Vital statistics of India. Vol. VI, European troops 1870-79
Year: 1870
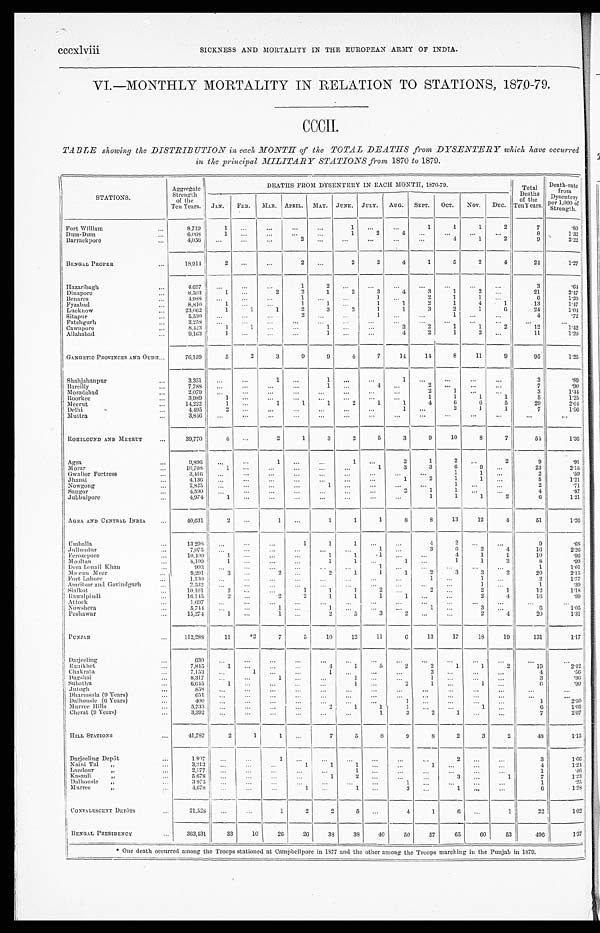
cccxlviii
SICKNESS AND MORTALITY IN THE EUROPEAN ARMY OF INDIA.
VI.—MONTHLY MORTALITY IN RELATION TO STATIONS, 1870-79.
CCCII.
TABLE showing the DISTRIBUTION in each MONTH of the TOTAL DEATHS from DYSENTERY which have occurred
in the principal MILITARY STATIONS from 1870 to 1879.
STATIONS.
Aggregate
Strength of the
Ten Years.
DEATHS FROM DYSENTERY IN EACH MONTH, 1870-79. Total
Deaths of the
Ten Years.
Death-rate
from
Dysentery
per 1,000 of
Strength.
JAN. FEB. MAR. APRIL. MAY. JUNE. JULY. AUG. SEPT. OCT. NOV. DEC.
Fort William
...
8,719
1
. . . ...
...
...
1 ...
...
1
1
1
2
7
.80
Dum-Dum
...
6,068
1 ...
...
...
...
1
2
4
. . . ...
...
. . .
8
1.32
Barrackpore
. . .
4,056 ...
...
. . . 2
... ...
...
...
...
4
1
2
9
2 . 2 2
BENGAL PROPER
...
18,914
2
. . . ...
2 ...
2
2
4
1
5
2
4
24
1. 27
Hazaribagh
...
4,697 ...
...
. . .
1
2
. . . ...
...
. . .
...
...
. . .
3
. 6 4
Dinapore
...
8,503
1
. . .
2
2
1
2
3
4
3
1 2
. . . 21
2 . 4 7
Benares
...
4,988 ...
...
...
1
. . . ...
1
. . . 2
1 1
. . .
6
1.20
Fyzabad
...
8,810
1
. . .
. . .
1
1 . . .
1
1
2
1
4
1
13
1. 47
Lucknow
...
23,062
1
1
1
2
3 2
1
1
3
2
1
6
24
1. 04
Sitapur
. . . 5,530 ...
. . .
. . . 2
. . .
. . . 1
. . . . . .
1
. . . ...
4
.72
Fatehgurh
...
2,258 ...
. . .
. . .
. . .
. . .
. . .
. . .
. . . ...
. . .
. . . . . .
. . .
. . .
Cawnpore
...
8,423
1
1 ... ...
1
. . . ...
3
2
1
1
2
12
1. 42
Allahabad
. . . 9,163
1 ... ...
...
1
. . . . . .
4
2
1
2 ...
11
1.20
GANGETIC PROVINCES AND OUDH . . . 76,159
5
2
3
9
9
4
7
14
14
8
11
9
95
1.25
Shahjahanpur
...
3,351 ...
...
1
. . . 1 ...
...
1 ...
...
...
...
3
.89
B a r e i l l y
...
7,788 ...
. . .
. . . ...
1
. . .
4 . . . 2 ...
...
. . .
7
.90
Mor adabad
...
2,079 ...
. . .
. . . ...
. . .
...
...
...
2
1
. . . ...
3
1.44
R o o r k e
e
. . . 3,989
1 . . . ...
...
...
. . . ...
. . . 1
1
1
1
5
1.25
Meerut
. . .
14,222
1
. . .
1
1
1
2
1
1 4
6
6
5
29
2.04
Delhi
. . .
4,495
2 . . . ...
. . . ...
...
...
1 ...
2
1
1
7
1. 56
M u t t r a
...
3,846 ...
. . . ...
. . . ...
...
...
... ...
. . .
. . . ...
. . .
. . .
ROHILCUND AND MEERUT
...
39,770
4 . . .
2
1
3
2
5
3
9
10
8
7
5 4
1. 36
Agra
. . . 9,896 ...
. . .
1 ...
...
1
. . . 2
1 2
. . . 2
9
.91
Morar
. . . 10,708
1
. . . ... ...
... ...
1
3
3
6
9
...
23
2. 15
Gwalior Fortress
...
3,416 ...
...
...
...
...
. . . ...
. . .
. . . 1
1 ...
2
. 5 9
J hansi
...
4,136 ...
...
... ...
. . .
. . . ...
1
2 1
1 ...
5
1. 21
Nowgong
...
2,825 ...
...
. . . ...
1 ...
. . . ...
...
1
. . . ...
2
.71
Saugor
. . .
4,590
. . . ...
. . .
. . .
. . .
. . .
. . . 2
1
1
. . . ...
4
.87
Jubbulpore
. . .
4,974
1 ... ... ...
...
. . . ...
. . . 1
1
1
2
6
1. 21
AGRA AND CENTRAL INDIA ...
40,631
2
. . .
1 ...
1
1
1
8
8
13
12
4
51
1. 26
Umb a l l a
...
13,2 9 8 ...
. . . ...
1
1
1
. . .
. . .
4 2 ...
...
9
. 68
Jullundur
. . .
7,075
. . . ...
...
...
. . .
. . . 1 ...
3
6
2
4
16
2. 26
Ferozepore
...
10,400
1
. . . ...
...
1
1
1
. . . ...
4
1
1
10
.96
Mooltan
...
8,109
1
. . . ... ...
1
1
. . . 1 ...
1
1
2
8
.99
Dera Ismail Khan
...
993
. . . ...
... ...
. . . ...
1 ... ...
. . .
...
. . .
1
1. 01
Meean Meer
. . .
9,291
3 ...
2 ...
2
1
1
1
2
3
3
2
20
2. 15
Fort Lahore
...
1 , 1 3 0 ...
. . .
. . .
. . .
. . . . . .
. . .
. . . 1
. . . 1
. . .
2
1. 77
Amrit sar and Govindgarh
...
2,532
. . . . . .
...
...
...
. . . ...
...
...
. . .
1
. . .
1
.39
Sialkot
. . . 10.161
2
. . .
. . .
1
1
1
2
. . .
2
...
2
1
12
1.18
Rawal pi ndi
...
16,145
2
. . .
2
2
1
1
1
1 ...
...
2
4
16
.99
Attock
...
1,697 ...
. . . ...
...
. . . ...
. . . ...
... ...
. . .
. . .
...
. . .
Nowshera
. . .
5,744 ...
. . .
1 ...
1 ...
...
...
1 ... 3
. . .
6
1. 05
Peshawar
. . . 15,274
1
. . .
1 ...
2
5
3
2
. . . ...
2
4
20
1. 31
PUNJAB
. . . 112,288
11
*2
7
5
10
12
11
6
13
17
18
19
131
1. 17
Darjeeling
...
630
. . . ...
. . . ...
...
...
...
...
...
...
...
. . . ...
...
Ranikhet
. . .
7,845
1
. . . ...
...
4
1
5
2
2
1
1
2
19
2. 42
Chakrata
...
7,153 ...
1
. . . ...
1
. . . ...
...
2
. . . ...
...
4
.56
D a g s h a i
...
8,317 ...
...
1 ...
. . .
1
. . . ...
1 ... ...
...
3
. 36
Subathu
. . .
6,645
1
. . .
... ...
. . . 1
. . . 2
1 ...
1 ...
6
.90
J u t o g h
...
858
. . . . . .
...
...
. . . ...
. . . ...
... ...
. . .
...
. . .
. . .
Dharmsala (9 Years)
. . .
651
. . . ... ...
...
. . .
. . . ...
. . .
...
...
...
...
...
. . .
Dalhousie (6 Years)
. . .
400
. . . . . .
...
...
. . . ...
...
1 ...
...
...
. . .
1
2. 50
Murree Hills
. . .
5,733
. . . ... ...
...
2 1
1
1 ... ...
1
. . .
6
1. 05
Cherat (9 Years)
...
3,392 ...
. . .
... ...
...
. . .
1
3
2 1
...
. . .
7
2. 07
HILL STATIONS
...
41,787
2
1
1 ...
7
5
8 9
8
2
3
2
48
1. 15
Darjeeling Depôt
. . .
1,807 ...
...
1 ...
. . . ...
...
...
...
2
. . . ...
3
1. 66
Naini Tal „
. . .
3,213 . . .
. . .
. . .
1
1
1
. . . ... 1
...
...
...
4
1. 24
Landour „
. . .
2,177 ...
...
... ...
...
1
. . . ...
...
...
...
...
1
. 4 6
Kasauli „
. . .
5,678
. . . . . .
. . . ...
1
2
. . . ... ...
3 ...
1
7
1. 23
Dalhousie „
...
3,975 . . .
. . .
. . .
. . .
. . .
. . .
. . .
1 ...
...
...
...
1
. 2 5
Murree „
. . .
4,678 ...
...
...
1 ...
1
. . .
3 ...
1 ...
...
6
1. 28
CONVALESCENT DEPÔT
S
. . .
21,528
. . .
. . .
1
2
2
5
. . .
4
1
6
...
1
22
1. 02
BENGAL PRESIDENCY
. . . 363,431
33
10
26
26
38
38
40
50
57
65
60
53
496
1.37
* One death occurred among the Troops stationed at Campbellpore in 1877 and the other among the Troops marching in the Punjab in 1879.